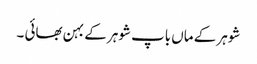
شوہر کے ماں باپ شوہر کے بہن بھائی ۔